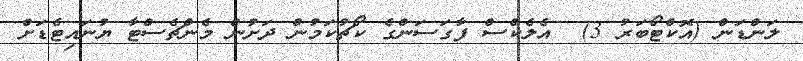
ލަންޑަން (އޮކްޓޯބަރު 3)  އެލެކްސް ފާގަސަންގެ ކޯޗުކަމުން ދަށުން މެންޗެސްޓާ ޔުނައިޓެޑަށް